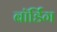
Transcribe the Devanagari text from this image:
बॉर्डिंग